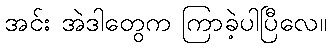
အင်း အဲဒါတွေက ကြာခဲ့ပါပြီလေ။